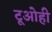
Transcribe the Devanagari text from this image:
टूओही